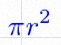
\pi r^2